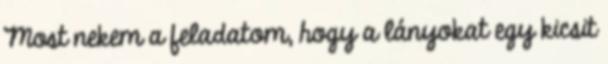
Most nekem a feladatom, hogy a lányokat egy kicsit